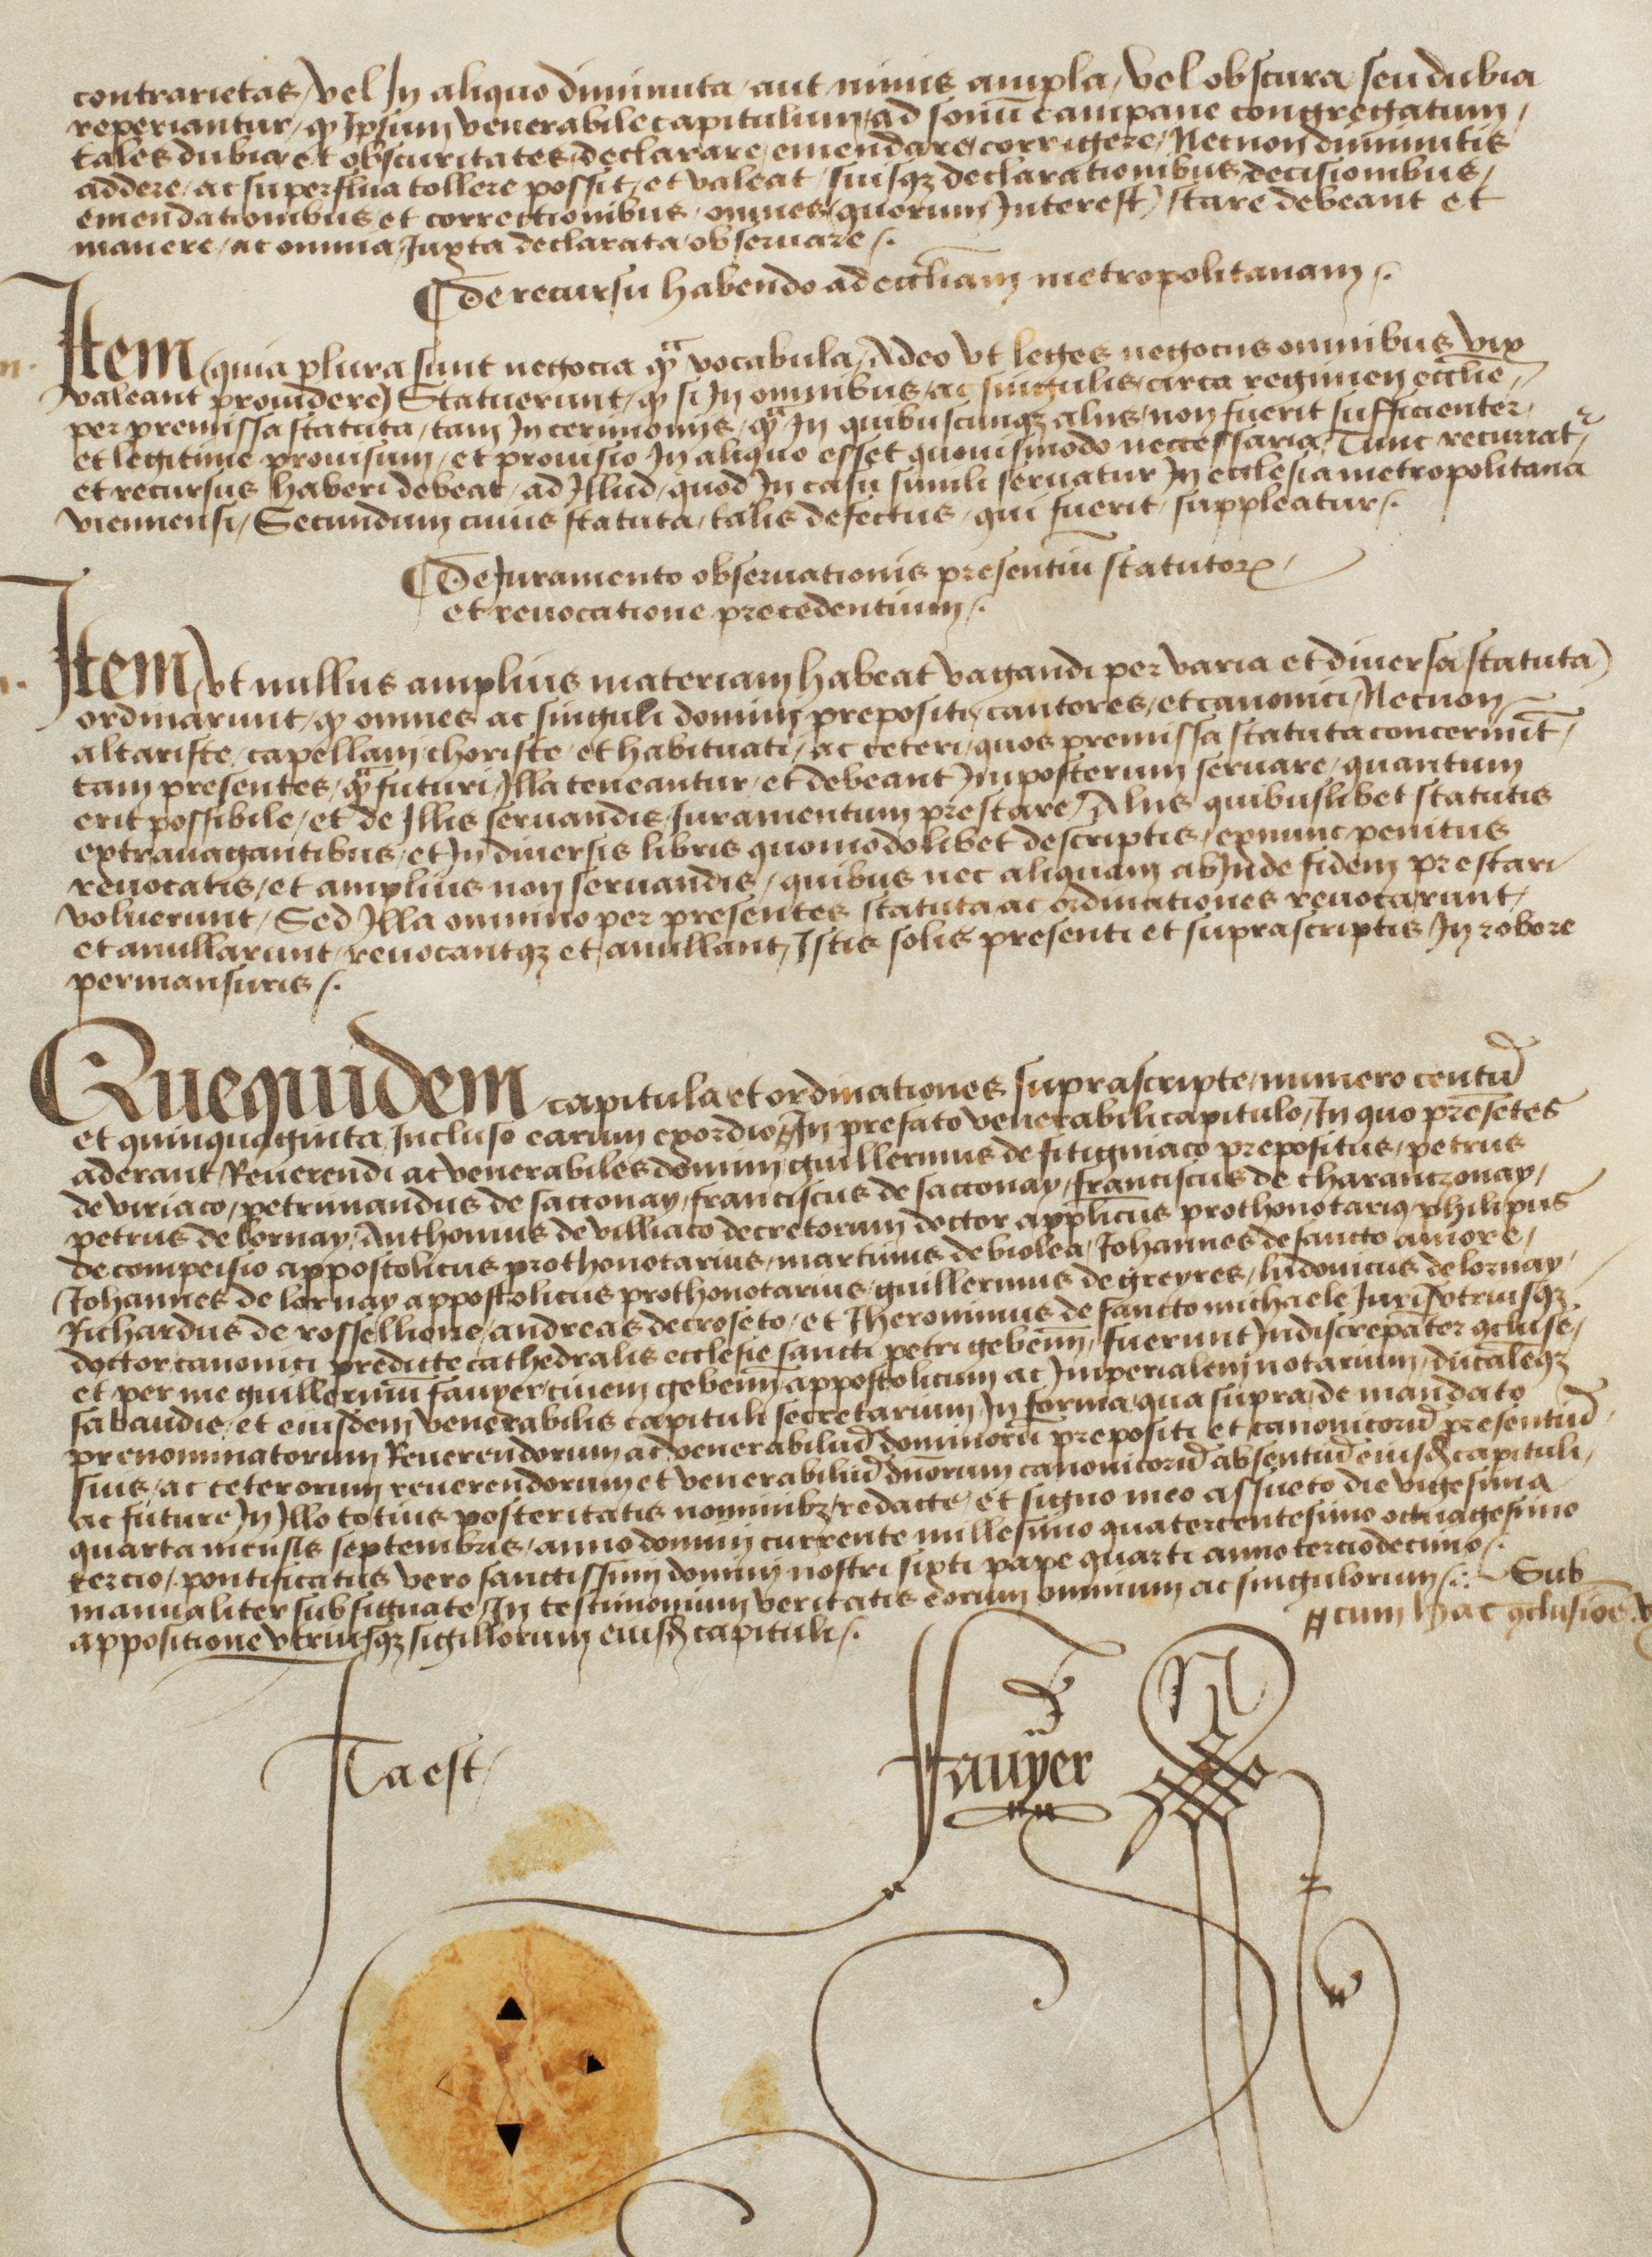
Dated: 1483–1490